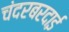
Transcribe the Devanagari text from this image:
चंदरबरदाई